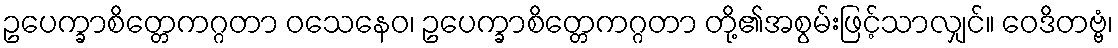
ဥပေက္ခာစိတ္တေကဂ္ဂတာ ဝသေနေဝ၊ ဥပေက္ခာစိတ္တေကဂ္ဂတာ တို့၏အစွမ်းဖြင့်သာလျှင်။ ဝေဒိတဗ္ဗံ၊